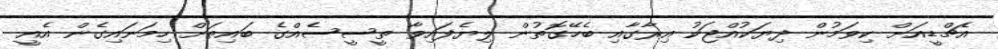
އެޗްޑީއަށް ކިވަމުން ދިޔަކުއްޖަކު އިރާގާއި ބެހޭގޮތުން ލިޔެފައިވާ ތީސީސެއްގެ ބައިތަށް ހިމަނައިގެން އެއީ